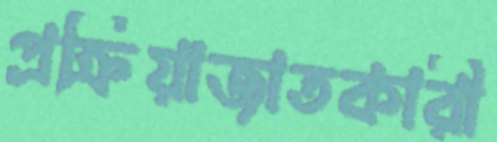
প্রক্রিয়াজাতকারী